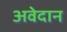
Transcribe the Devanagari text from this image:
अवेदान